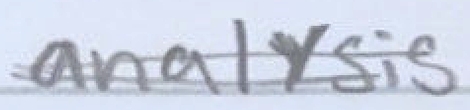
Text: analysis
Cross-out: double-line
Writing tool: pencil